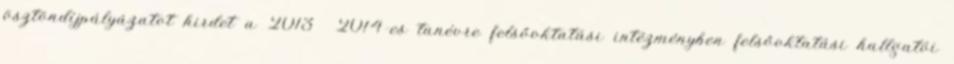
ösztöndíjpályázatot hirdet a 2013 2014-es tanévre felsőoktatási intézményben felsőoktatási hallgatói